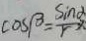
\cos \beta = \frac { \sin \alpha } { r }